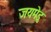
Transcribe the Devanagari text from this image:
जयमेडु